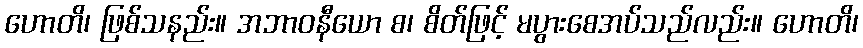
ဟောတိ၊ ဖြစ်သနည်း။ အဘာဝနီယော စ၊ စိတ်ဖြင့် မပွားစေအပ်သည်လည်း။ ဟောတိ၊